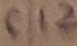
Text: C12